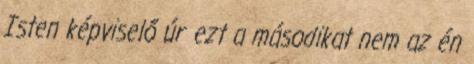
Isten képviselő úr ezt a másodikat nem az én